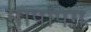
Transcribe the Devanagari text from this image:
मापपिंग